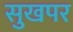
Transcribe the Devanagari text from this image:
सुखपर